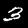
Digit: 3